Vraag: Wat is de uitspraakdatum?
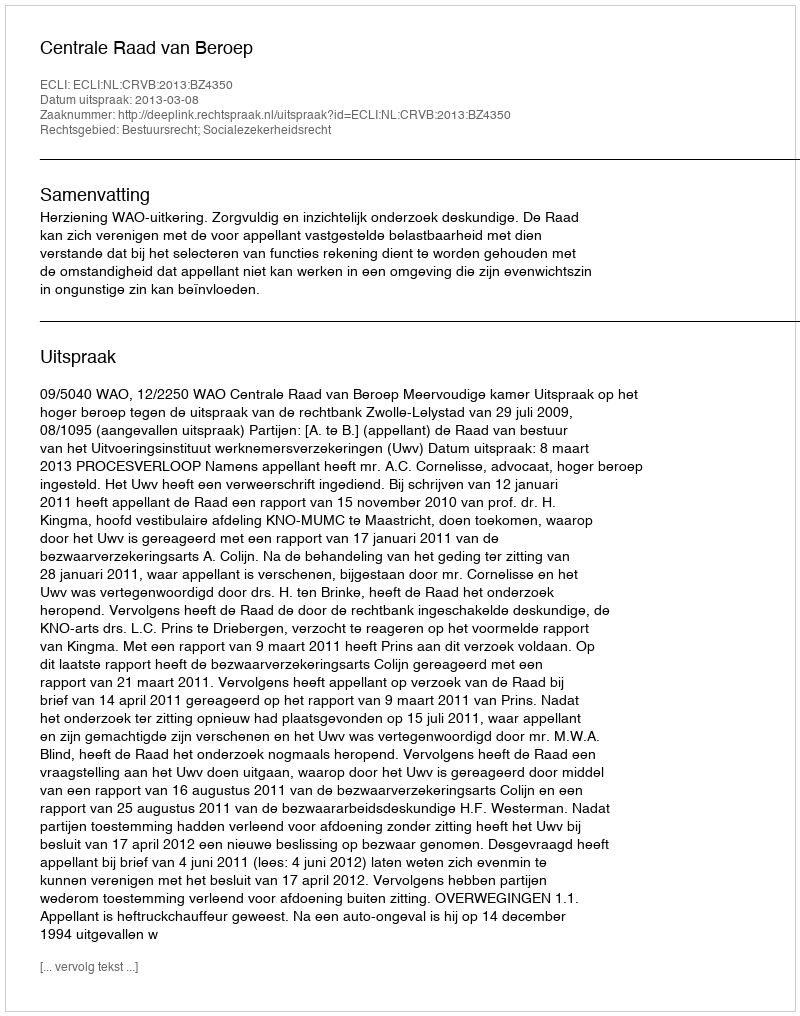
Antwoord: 2013-03-08